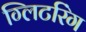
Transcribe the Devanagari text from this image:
ग्लिटरिंग